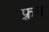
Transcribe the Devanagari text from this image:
फ़्रम